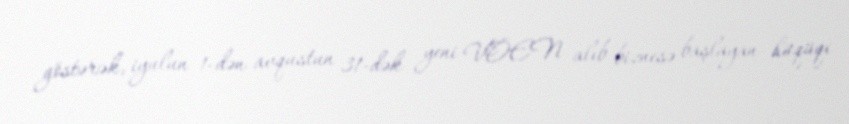
göstərək, iyulun 1-dən avqustun 31-dək yeni VÖEN alıb biznesə başlayan hüqüqi